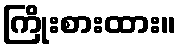
ကြိုးစားထား။